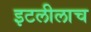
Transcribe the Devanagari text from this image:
इटलीलाच